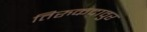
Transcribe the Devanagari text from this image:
तिरुकदावुर